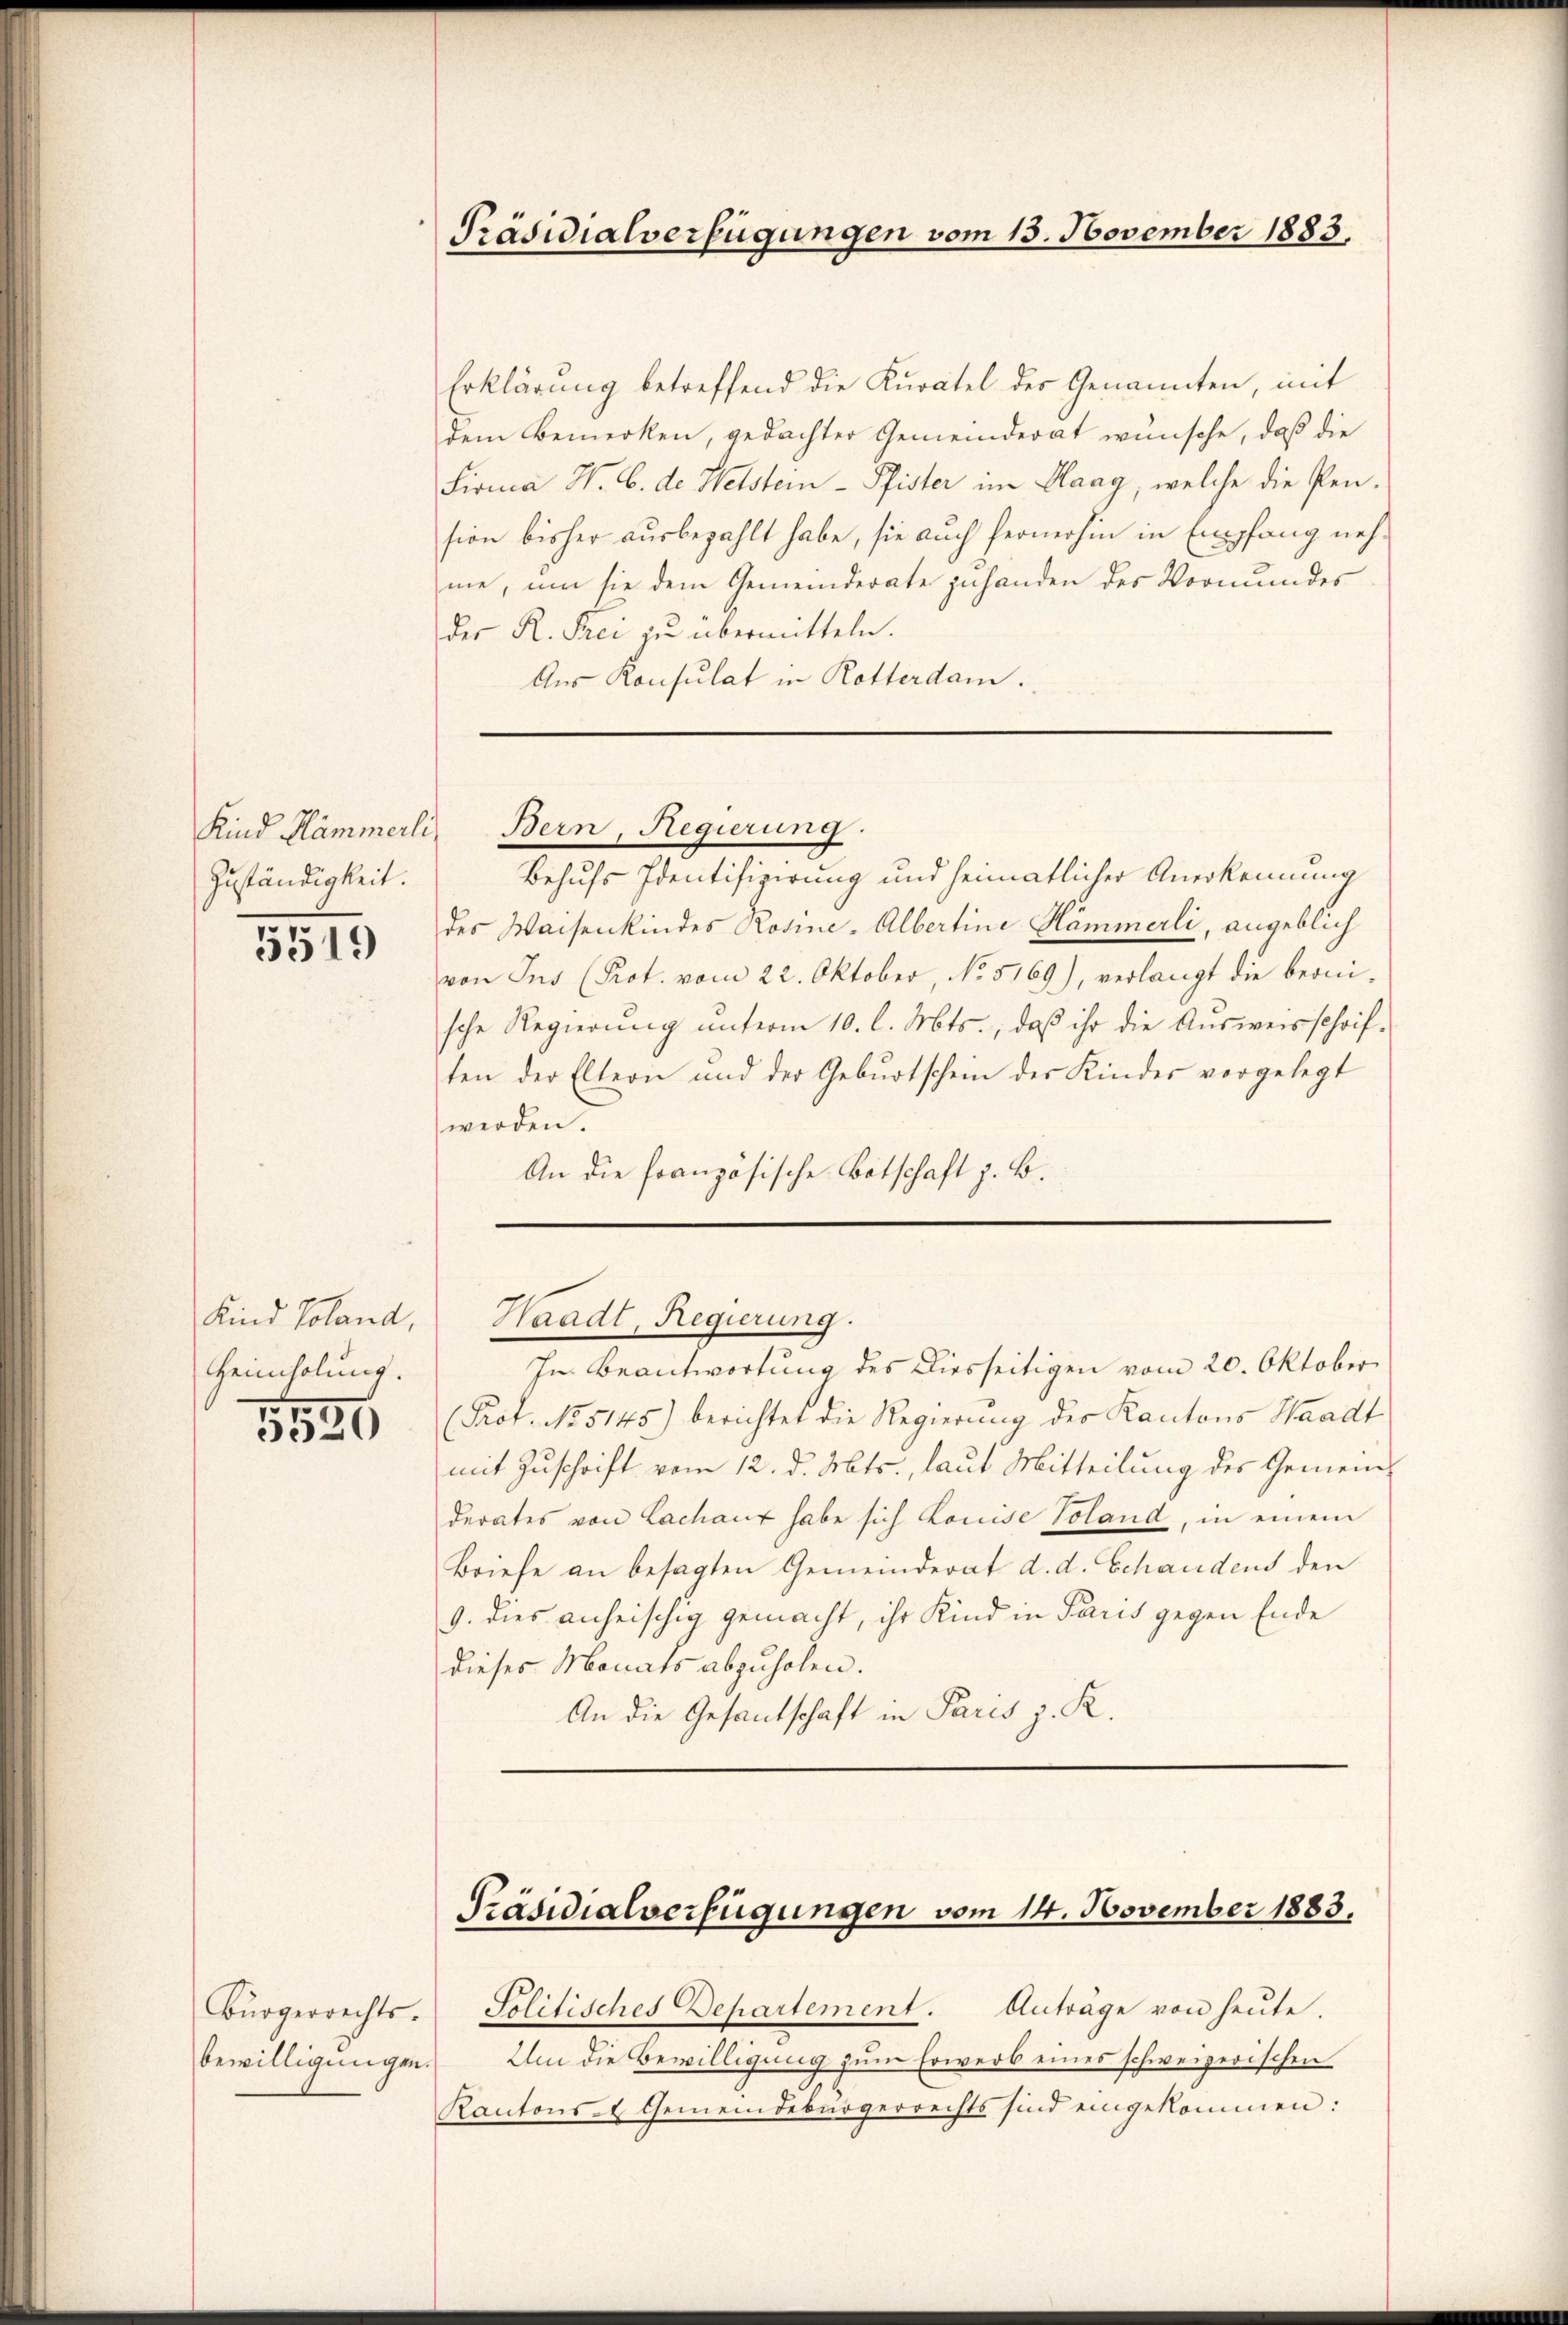
Kind Hämmerli
Zuständigkeit.

5519

Kind Toland,
Heimholung.

5539

Bürgerrechts.
bewilligungen.

Präsidialverfügungen vom 13. November 1883.

Erklärung betreffend die Kuratel der Genannten, mit
dem Bemerken, gedachter Gemeinderat wünsche, daß die
Firma H. B. de Weistern - Pfister im Haag, welche die Pen
sion bisher ausbezahlt habe, sie auch fernerhin in Empfang nehme, um sie dem Gemeinderate zuhanden des Vormundes
der K. Frei zu übermitteln.
Aus Konsulat in Rotterdam.

Behufs Identifizirung und heimatlicher Anerkennung
des Waisenkindes Rosine-Albertine Hämmerli, angeblich
von Ins (Prot. vom 22. Oktober, No. 5169), verlangt die berni-
sche Regierŭng ŭnterm 10. l. Mts., daß ihr die Aŭsweisschrif-
ten der Eltern und der Geburtschein des Kindes vorgelegt
werden.
An die französische Botschaft z. B.

In Beantwortung des Diesseitigen vom 20. Oktober
(Prot. No. 5145) berichtet die Regierung der Kantons Waadt
mit Zuschrift vom 12. d. Mts., laut Mitteilung des Gemeinderates von Lachant habe sich Louise Voland, in einem
Briefe an besagten Gemeinderat d. d. Schandens den
9. dies anheischig gemacht, ihr Kind in Paris gegen Ende
dieses Monats abzuholen.
An die Gesantschaft in Paris z. K.

Bern, Regierung.

Waadt, Regierung.

Solitisches Departement. Anträge von heute.
Um die Bewilligung zum Erwerb eines schweizerischen
Kantons- & Gemeindebürgerrechts sind eingekommen:

Präsidialverfügungen vom 14. November 1883.